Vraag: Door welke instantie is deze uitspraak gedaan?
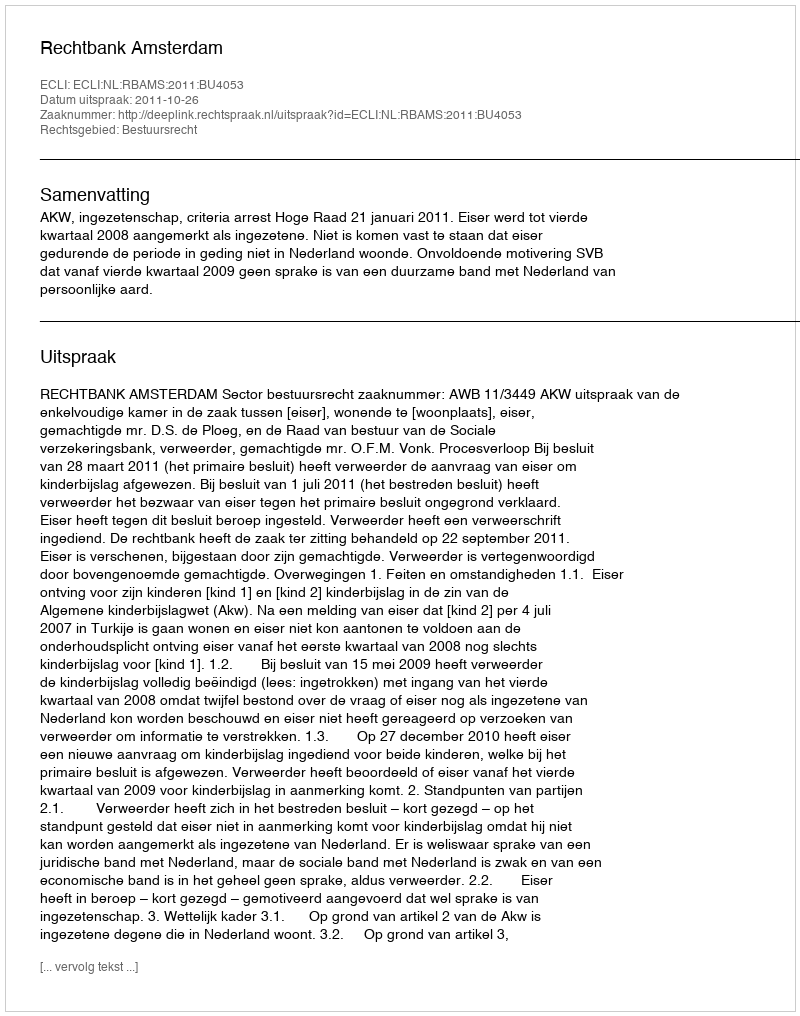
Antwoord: Rechtbank Amsterdam